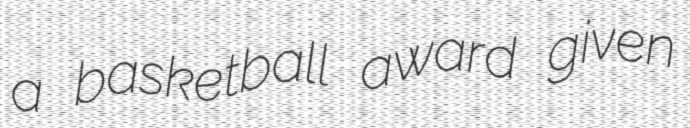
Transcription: a basketball award given